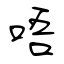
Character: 唔